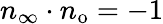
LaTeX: n_{\infty}\cdot n_{\mathrm{o}}=-1